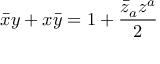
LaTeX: \bar { x } y + x \bar { y } = 1 + \frac { \bar { z } _ { a } z ^ { a } } { 2 }